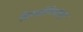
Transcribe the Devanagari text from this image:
दिनदर्शिकांतून